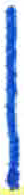
אות: ן